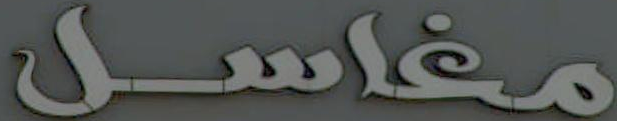
مغاسل